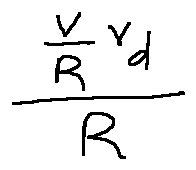
\frac { \frac { v } { R } v _ { d } } { R }